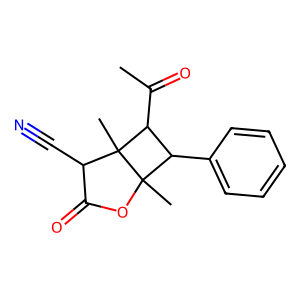
SMILES: CC(=O)C1C(c2ccccc2)C2(C)OC(=O)C(C#N)C12C
Inhibits HIV replication: No